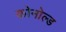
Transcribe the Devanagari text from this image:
कोनोल्ड